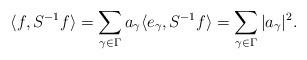
LaTeX: \begin{align*}\langle f, S^{-1} f \rangle = \sum_{\gamma \in \Gamma} a_\gamma \langle e_\gamma, S^{-1} f \rangle = \sum_{\gamma \in \Gamma} |a_\gamma|^2 .\end{align*}